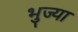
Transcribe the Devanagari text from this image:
भुज्या